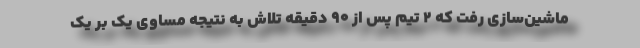
ماشین‌سازی رفت که ۲ تیم پس از ۹۰ دقیقه تلاش به نتیجه مساوی یک بر یک